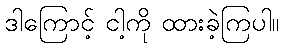
ဒါကြောင့် ငါ့ကို ထားခဲ့ကြပါ။